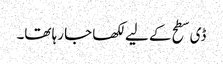
ڈی سطح کے لیے لکھا جا رہا تھا۔